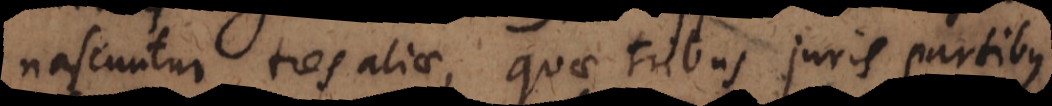
nascuntur tres aliae, quae tribus juris partibus